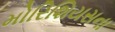
મોરિશિયસના